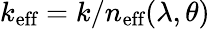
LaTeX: k_{\textrm{eff}}=k/n_{\textrm{eff}}(\lambda,\theta)